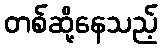
တစ်ဆို့နေသည့်